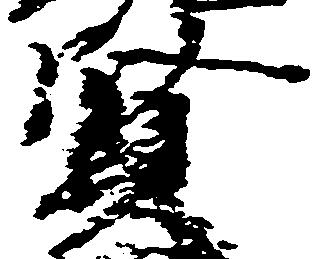
賢